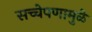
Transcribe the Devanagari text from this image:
सच्चेपणामुळे